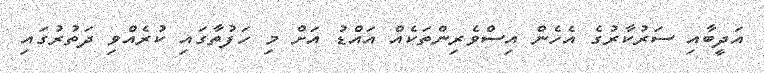
އަދީބާއި ސަރުކާރުގެ އެހެން އިސްވެރިންތަކެއް އައްޑު އަށް މި ހަފުތާގައި ކުރެއްވި ދަތުރުގައި